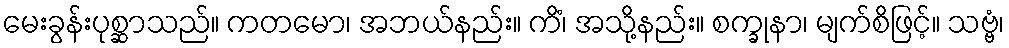
မေးခွန်းပုစ္ဆာသည်။ ကတမော၊ အဘယ်နည်း။ ကိံ၊ အသို့နည်း။ စက္ခုနာ၊ မျက်စိဖြင့်။ သဗ္ဗံ၊